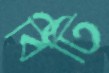
বিটি